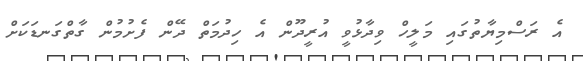
އެ ރަސްމިޔާތުގައި މަލީހް ވިދާޅުވީ އުރީދޫން އެ ހިދުމަތް ދޭން ފެށުމުން ގާތްގަނޑަކަށް